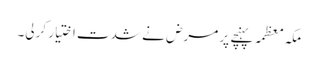
مکہ معظمہ پہنچے پر مرض نے شدت اختیار کرلی۔